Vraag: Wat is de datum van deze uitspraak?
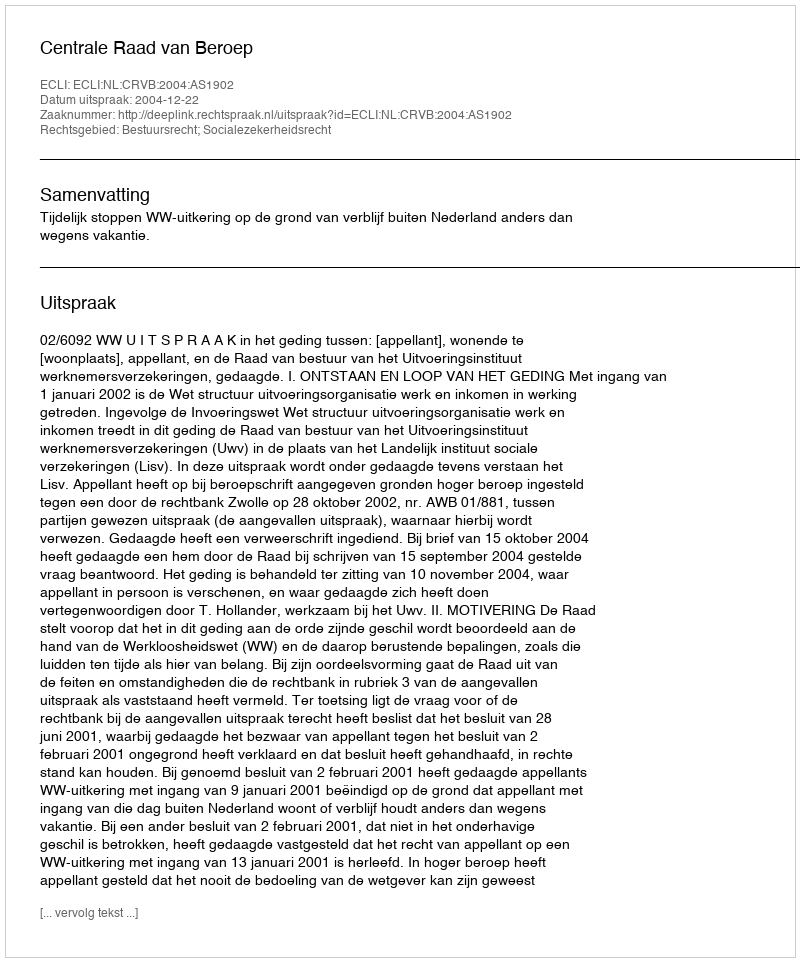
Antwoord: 2004-12-22